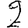
Digit: 2